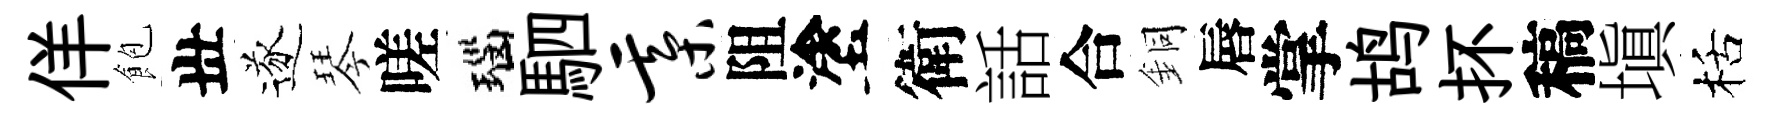
佯飽丗遂琴嗟瑙駟綦阻塗衛話合銅唇掌鸪抔稿塡栝